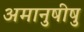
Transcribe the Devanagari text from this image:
अमानुषीषु